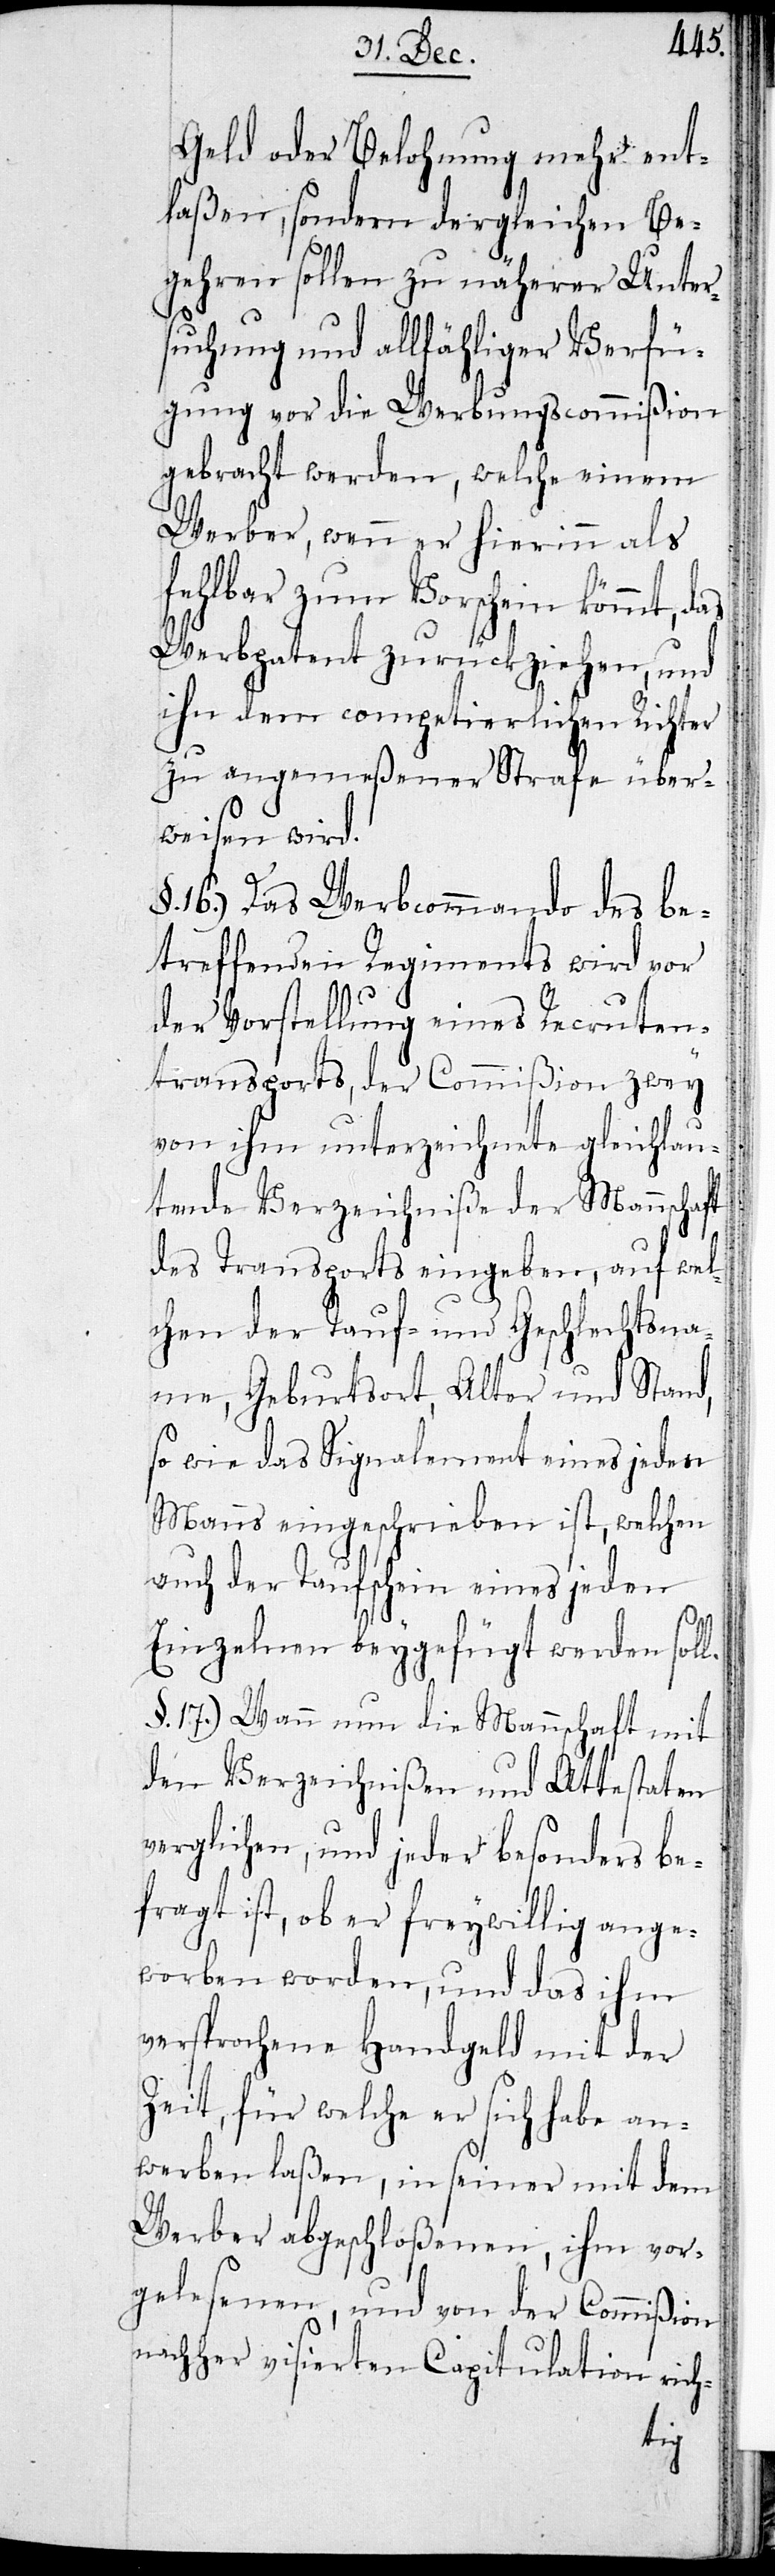
Geld oder Belohnung mehr ent¬
laßen, sondern dergleichen Be¬
gehren sollen zu näherer Unter¬
suchung und allfähliger Verfü¬
gung vor die Werbungscommißion
gebracht werden, welche einem
Werber, wenn er hierin als
fehlbar zum Vorschein kommt, d¬
Werbpatent zurückziehen, und
ihn dem competierlichen Richter
zu angemeßener Strafe über¬
weisen wird.
16.) Das Werbcommando des be¬
treffenden Regiments wird vor
der Vorstellung eines Recruten¬
transports, der Commißion zwey
von ihm unterzeichnete gleichlau¬
tende Verzeichniße der Mannschaft
des Transports eingeben, auf wel¬
chen der Tauf- und Geschlechtsna¬
me, Geburtsort, Alter und Stand,
so wie das Signalement eines jeden
Manns eingeschrieben ist, welchen
auch der Taufschein eines jeden
as
Einzelnen beygefügt werden soll.
§. 17.) Wann nun die Mannschaft mit
den Verzeichnißen und Attestaten
verglichen, und jeder besonders be¬
fragt ist, ob er freywillig ange¬
worben worden, und das ihm
versprochene Handgeld mit der
Zeit, für welche er sich habe an¬
werben laßen, in seiner mit dem
Werber abgeschloßenen, ihm vor¬
gelesenen, und von der Commißion
nachher visierten Capitulation rich-